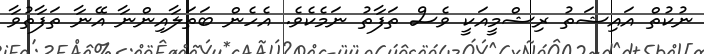
ނުކުތް އައިޝަތު ރިޝްމީއަކީ ވެސް ތަފާތު ނަމެކެވެ. އެހެން ބަތަލާއިންނާ އޭނާ ތަފާތުވާ